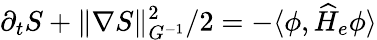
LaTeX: \partial_{t}S+\| \nabla S\| _{G^{-1}}^{2}/2=-\langle\phi,\widehat H_{e}\phi\rangle